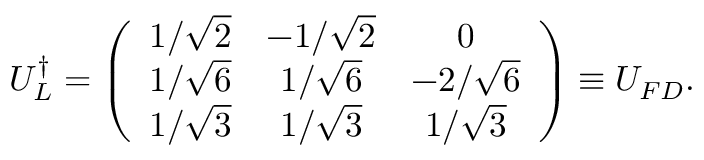
U _ { L } ^ { \dag } = \left( \begin{array} { c c c } { { 1 / \sqrt { 2 } } } & { { - 1 / \sqrt { 2 } } } & { { 0 } } \\ { { 1 / \sqrt { 6 } } } & { { 1 / \sqrt { 6 } } } & { { - 2 / \sqrt { 6 } } } \\ { { 1 / \sqrt { 3 } } } & { { 1 / \sqrt { 3 } } } & { { 1 / \sqrt { 3 } } } \end{array} \right) \equiv U _ { F D } .